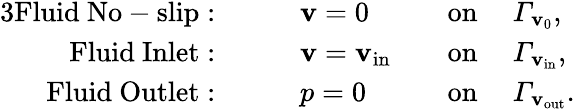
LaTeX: \begin{array}{rlrl}{{3}\mathrm{Fluid~No-slip:}}&{\qquad\mathbf{v}=0}&{\quad\mathrm{on~}}&{\mathit{\Gamma}_{\mathbf{v}_{0}},}\\ {\mathrm{Fluid~Inlet:}}&{\qquad\mathbf{v}=\mathbf{v}_{\mathrm{in}}}&{\quad\mathrm{on~}}&{\mathit{\Gamma}_{\mathbf{v}_{\mathrm{in}}},}\\ {\mathrm{Fluid~Outlet:}}&{\qquad p=0}&{\quad\mathrm{on~}}&{\mathit{\Gamma}_{\mathbf{v}_{\mathrm{out}}}.}\end{array}